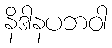
နိဒါနပဘဝါ